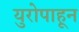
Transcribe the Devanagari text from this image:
युरोपाहून